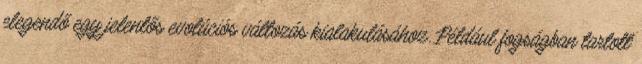
elegendő egy jelentős evolúciós változás kialakulásához. Például fogságban tartott